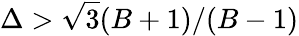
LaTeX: \Delta>\sqrt{3}(B+1)/(B-1)